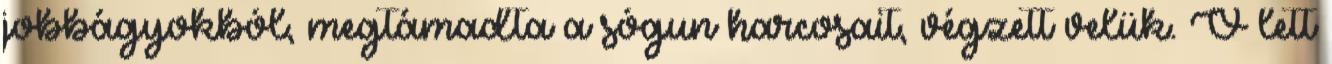
jobbágyokból, megtámadta a sógun harcosait, végzett velük. Ő lett